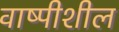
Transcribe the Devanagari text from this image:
वाष्पीशील